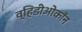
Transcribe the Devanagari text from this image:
व्हिडीओकॉन